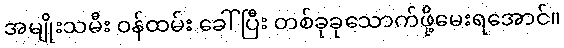
အမျိုးသမီး ဝန်ထမ်း ခေါ်ပြီး တစ်ခုခုသောက်ဖို့မေးရအောင်။